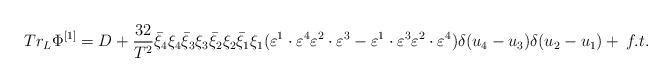
LaTeX: \begin{align*}Tr_L \Phi ^{\left[ 1 \right]} = D + \frac{{32}}{{T^2 }}\bar \xi _4 \xi _4 \bar \xi _3 \xi _3 \bar \xi _2 \xi _2 \bar \xi _1 \xi _1 (\varepsilon ^1 \cdot \varepsilon ^4 \varepsilon ^2 \cdot \varepsilon ^3 - \varepsilon ^1 \cdot \varepsilon ^3 \varepsilon ^2 \cdot \varepsilon ^4 )\delta (u_4 - u_3 )\delta (u_2 - u_1 )+ \, f.t.\end{align*}